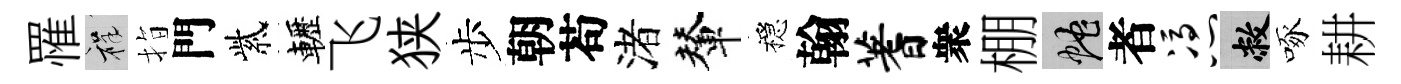
罹祥指門紫轣飞狭步朝苟渚輦穩翰蓍衆棚蛇者凭敝啄耕